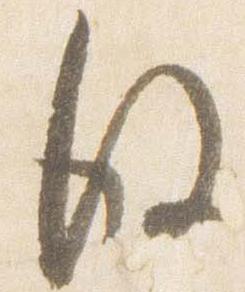
後